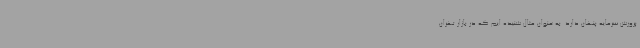
پرورش سرمایه پنهان دارد. به عنوان مثال شنیده ایم که در بازار تهران